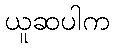
ယူဆပါက